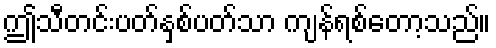
ဤသီတင်းပတ်နှစ်ပတ်သာ ကျန်ရစ်တော့သည်။